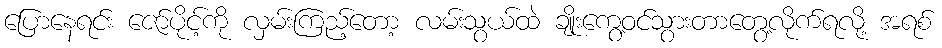
ပြောနေရင်း ဇော်ပိုင့်ကို လှမ်းကြည့်တော့ လမ်းသွယ်ထဲ ချိုးကွေ့ဝင်သွားတာတွေ့လိုက်ရလို့ အရစ်